Indian journal of veterinary science and animal husbandry - Volume 7,
Year: 1937
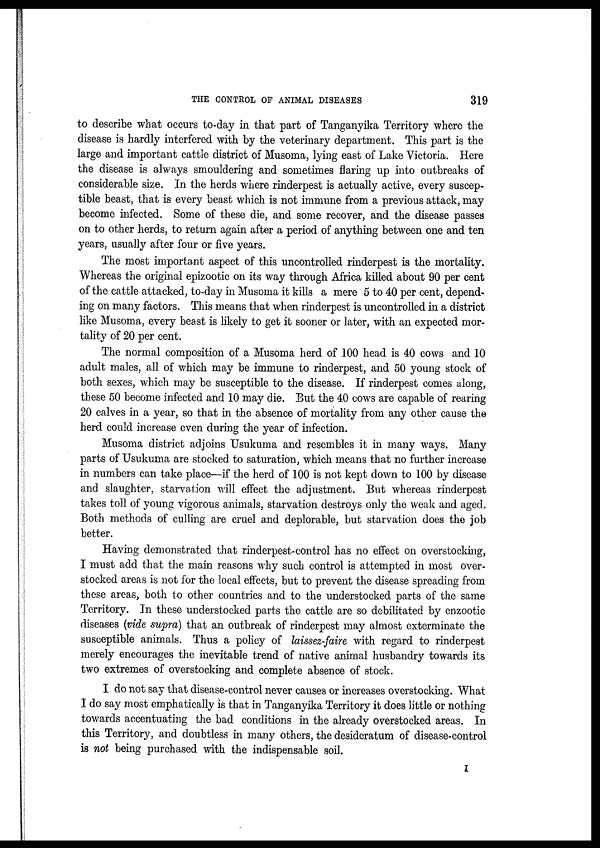
THE CONTROL OF ANIMAL DISEASES
319
to describe what occurs to-day in that part of Tanganyika Territory where the
disease is hardly interfered with by the veterinary department. This part is the
large and important cattle district of Musoma, lying east of Lake Victoria. Here
the disease is always smouldering and sometimes flaring up into outbreaks of
considerable size. In the herds where rinderpest is actually active, every suscep-
tible beast, that is every beast which is not immune from a previous attack, may
become infected. Some of these die, and some recover, and the disease passes
on to other herds, to return again after a period of anything between one and ten
years, usually after four or five years.
The most important aspect of this uncontrolled rinderpest is the mortality.
Whereas the original epizootic on its way through Africa killed about 90 per cent
of the cattle attacked, to-day in Musoma it kills a mere 5 to 40 per cent, depend-
ing on many factors. This means that when rinderpest is uncontrolled in a district
like Musoma, every beast is likely to get it sooner or later, with an expected mor-
tality of 20 per cent.
The normal composition of a Musoma herd of 100 head is 40 cows and 10
adult males, all of which may be immune to rinderpest, and 50 young stock of
both sexes, which may be susceptible to the disease. If rinderpest comes along,
these 50 become infected and 10 may die. But the 40 cows are capable of rearing
20 calves in a year, so that in the absence of mortality from any other cause the
herd could increase even during the year of infection.
Musoma district adjoins Usukuma and resembles it in many ways. Many
parts of Usukuma are stocked to saturation, which means that no further increase
in numbers can take place—if the herd of 100 is not kept down to 100 by disease
and slaughter, starvation will effect the adjustment. But whereas rinderpest
takes toll of young vigorous animals, starvation destroys only the weak and aged.
Both methods of culling are cruel and deplorable, but starvation does the job
better.
Having demonstrated that rinderpest-control has no effect on overstocking,
I must add that the main reasons why such, control is attempted in most over-
stocked areas is not for the local effects, but to prevent the disease spreading from
these areas, both to other countries and to the understocked parts of the same
Territory. In these understocked parts the cattle are so debilitated by enzootic
diseases (vide supra) that an outbreak of rinderpest may almost exterminate the
susceptible animals. Thus a policy of laissez-faire with regard to rinderpest
merely encourages the inevitable trend of native animal husbandry towards its
two extremes of overstocking and complete absence of stock.
I do not say that disease-control never causes or increases overstocking. What
I do say most emphatically is that in Tanganyika Territory it does little or nothing
towards accentuating the bad conditions in the already overstocked areas. In
this Territory, and doubtless in many others, the desideratum of disease-control
is not being purchased with the indispensable soil.
I